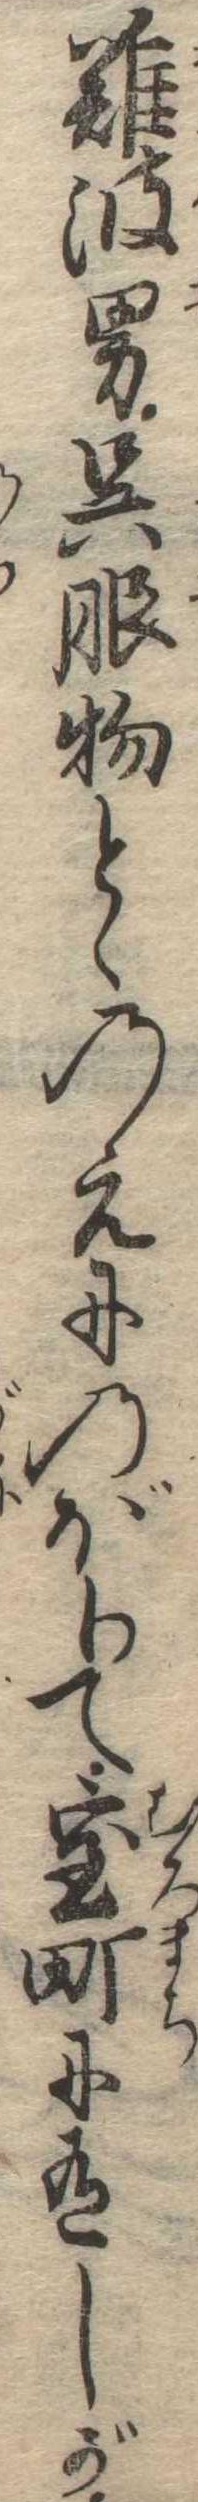
難波男呉服物とゝのえにのぼりて室町に有しが